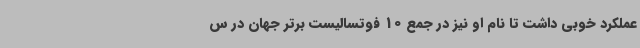
عملکرد خوبی داشت تا نام او نیز در جمع 10 فوتسالیست برتر جهان در س